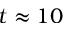
t \approx 1 0